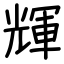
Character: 輝